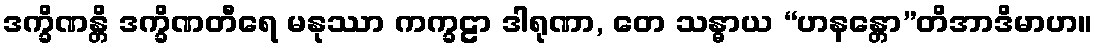
ဒက္ခိဏန္တိ ဒက္ခိဏတီရေ မနုဿာ ကက္ခဠာ ဒါရုဏာ, တေ သန္ဓာယ “ဟနန္တော”တိအာဒိမာဟ။